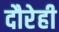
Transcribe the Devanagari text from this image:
दौरेही